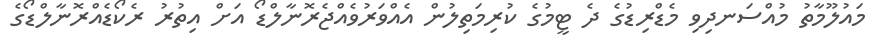
މައުލޫމާތު މުއްސަނދިވި މެޑްރިޑުގެ ދެ ޓީމުގެ ކުރިމަތިލުން އެއްވަރުވެއްޖެރޮނާލްޑޯ އަށް އިތުރު ރެކޯޑެއްރޮނާލްޑޯގެ